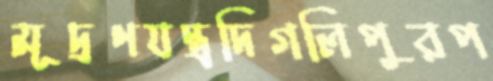
মূদ্রণযন্ত্রদিগলিপুরপ